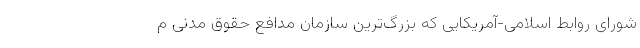
شورای روابط اسلامی-آمریکایی که بزرگ‌ترین سازمان مدافع حقوق مدنی م